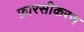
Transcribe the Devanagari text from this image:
फ़ारसीकरण